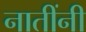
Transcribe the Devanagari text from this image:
नातींनी